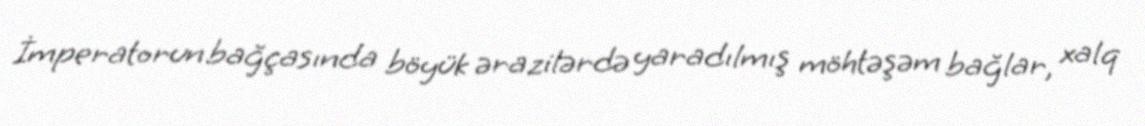
İmperatorun bağçasında böyük ərazilərdə yaradılmış möhtəşəm bağlar, xalq